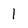
Character: 1